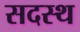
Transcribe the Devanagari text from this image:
सदस्थ